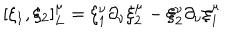
LaTeX: [ \xi _ { 1 } , \xi _ { 2 } ] _ { L } ^ { \mu } = \xi _ { 1 } ^ { \nu } \partial _ { \nu } \xi _ { 2 } ^ { \mu } - \xi _ { 2 } ^ { \nu } \partial _ { \nu } \xi _ { 1 } ^ { \mu }